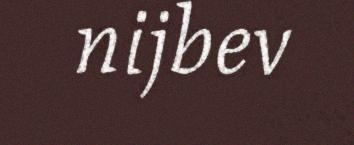
nijbev